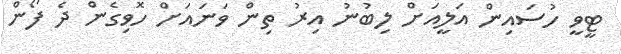
ޓީވީ ހުސައިން އަލީއަށް ލިބުނު އިރު ތިން ވަނައަށް ހޮވިގެން ދެ ފޯން